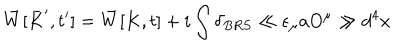
\bar { W } [ \bar { K } ^ { \prime } , t ^ { \prime } ] = \bar { W } [ K , t ] + i \int \delta _ { B R S } \ll \epsilon _ { \mu } a O ^ { \mu } \gg d ^ { 4 } x